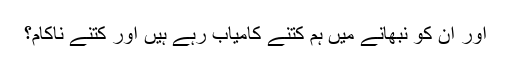
اور ان کو نبھانے میں ہم کتنے کامیاب رہے ہیں اور کتنے ناکام؟